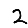
Digit: 2